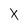
Character: x